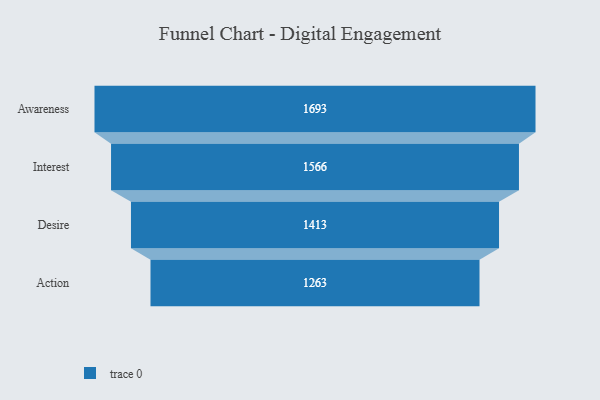
{"axis": {"x": "Stage", "y": "Value"}, "legend": [""], "data": [{"x": "Awareness", "y": 1693.0, "type": ""}, {"x": "Interest", "y": 1566.0, "type": ""}, {"x": "Desire", "y": 1413.0, "type": ""}, {"x": "Action", "y": 1263.0, "type": ""}]}